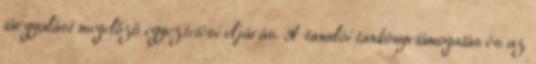
tárgyalást megelőző egyeztetési eljárás. A tanulói tankönyvtámogatás és az